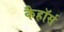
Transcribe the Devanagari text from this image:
कैहॉर्स